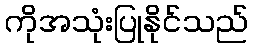
ကိုအသုံးပြုနိုင်သည်